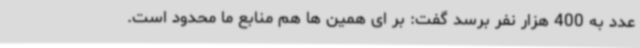
عدد به 400 هزار نفر برسد گفت: بر ای همین ها هم منابع ما محدود است.